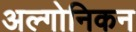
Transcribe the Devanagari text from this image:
अल्गोनिकन